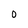
Character: 0